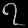
Digit: ၇